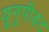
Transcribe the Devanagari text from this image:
यूनूपीडट